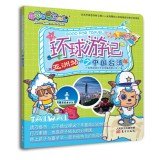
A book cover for Goat and Big Big Wolf Global Travels China Taiwan(Chinese Edition); GUANG DONG YUAN CHUANG DONG LI WEN HUA CHUAN BO YOU XIAN GONG SI; Travel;